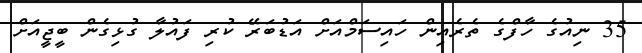
35 ނިއުގެ ހާފްގެ ތެރެއިން ހައިސަމްއަށް އަޑުބަރޭ ކުރި ފައުލާ ގުޅިގެން ބީޖީއަށް